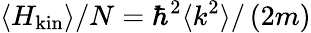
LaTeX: \langle H_{\mathrm{kin}}\rangle/N=\hbar^{2}\langle k^{2}\rangle/\left(2m\right)